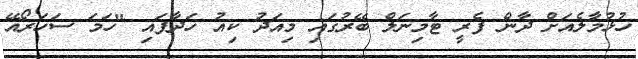
ހުޅުމާލެއަށް ދާން ފެރީ ޓާމިނަލް ބޭރުގައި މިއަދު ކިއު ހަދާފައި "ހަމަ ސަހަރޯއޭ